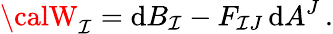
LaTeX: {\calW}_{\mathcal{I}}=\mathrm{{d}}B_{\mathcal{I}}-F_{\mathcal{I}J}\, \mathrm{{d}}A^{J}\, .